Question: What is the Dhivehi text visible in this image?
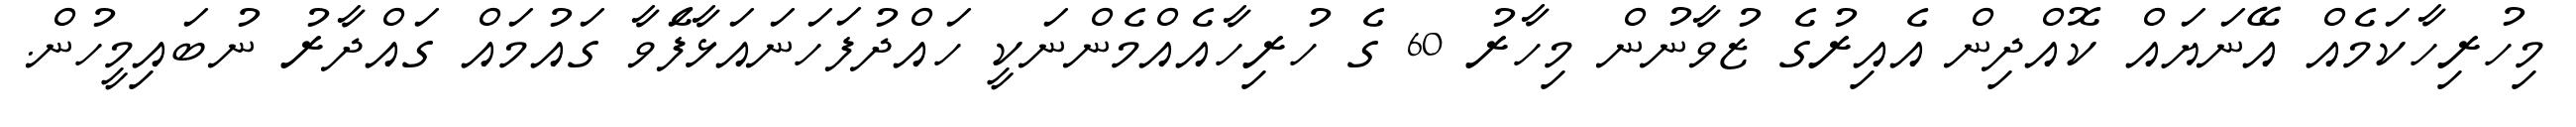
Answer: މިހުރިހާކަމެއް އޭނަޔައް ކޮއްދިން އެއިރުގެ ޒުވާނުން މިހާރު 60 ގެ ހުރިހާއެއްމެންނަކީ ހައްދުފަހަނައަޅާފަެވާ ގައުމައް ގައްދާރު ނުބައިމީހުން.